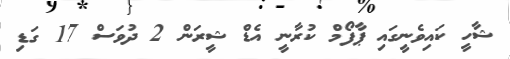
ޝާހީ ކައިވެނީގައި ޕާފޯމް ކުރާނީ އެޑް ޝީރަން 2 ދުވަސް 17 ގަޑި